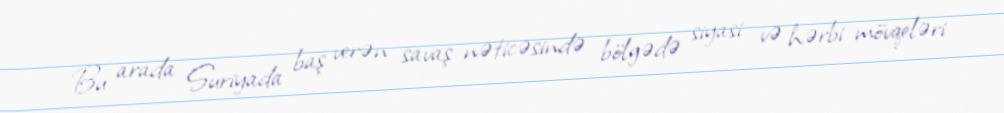
Bu arada Suriyada baş verən savaş nəticəsində bölgədə siyasi və hərbi mövqeləri